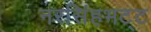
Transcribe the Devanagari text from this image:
नरसिंहभट्ट